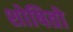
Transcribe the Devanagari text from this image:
शोषितो